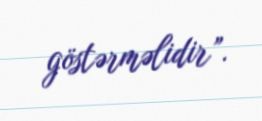
göstərməlidir”.